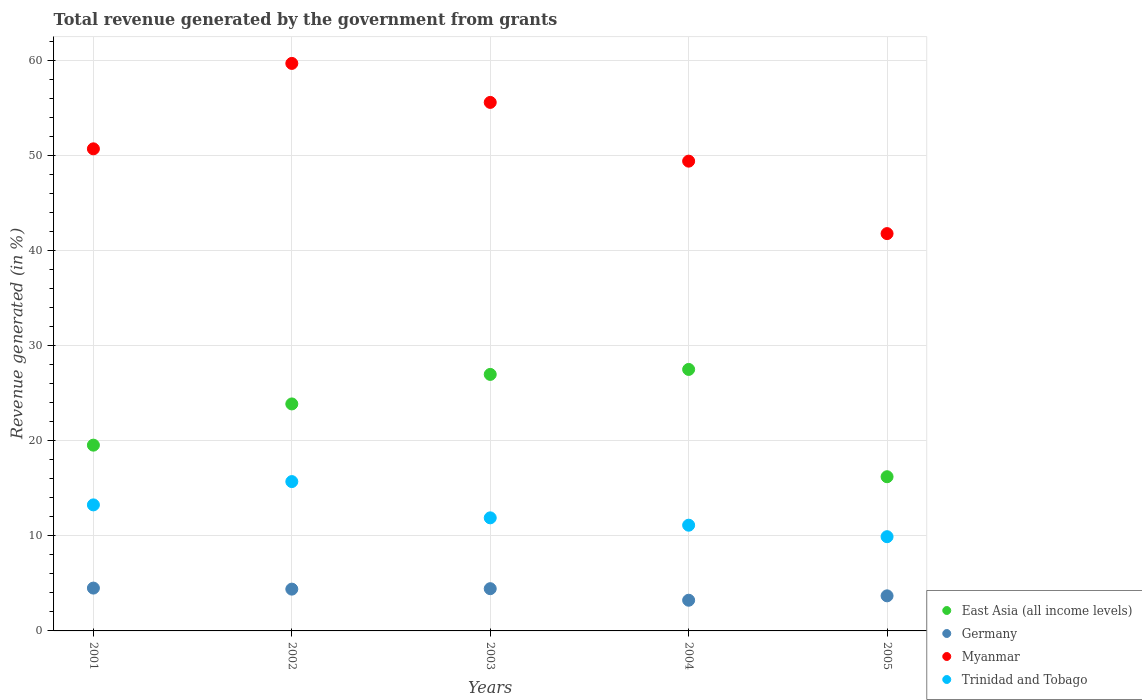
| Years | East Asia (all income levels) | Germany | Myanmar | Trinidad and Tobago |
 | --- | --- | --- | --- | --- |
 | 2001 | 19.5 | 4.51 | 50.7 | 13.3 |
 | 2002 | 23.9 | 4.4 | 59.7 | 15.7 |
 | 2003 | 27 | 4.44 | 55.6 | 11.9 |
 | 2004 | 27.5 | 3.23 | 49.4 | 11.1 |
 | 2005 | 16.2 | 3.69 | 41.8 | 9.91 |